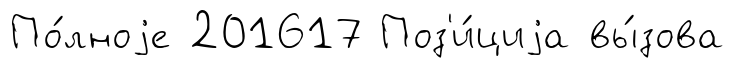
По́лноjе 201617 Поз'и́циjа вы́зова